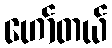
ဟော်တယ်